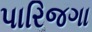
પારિજગા